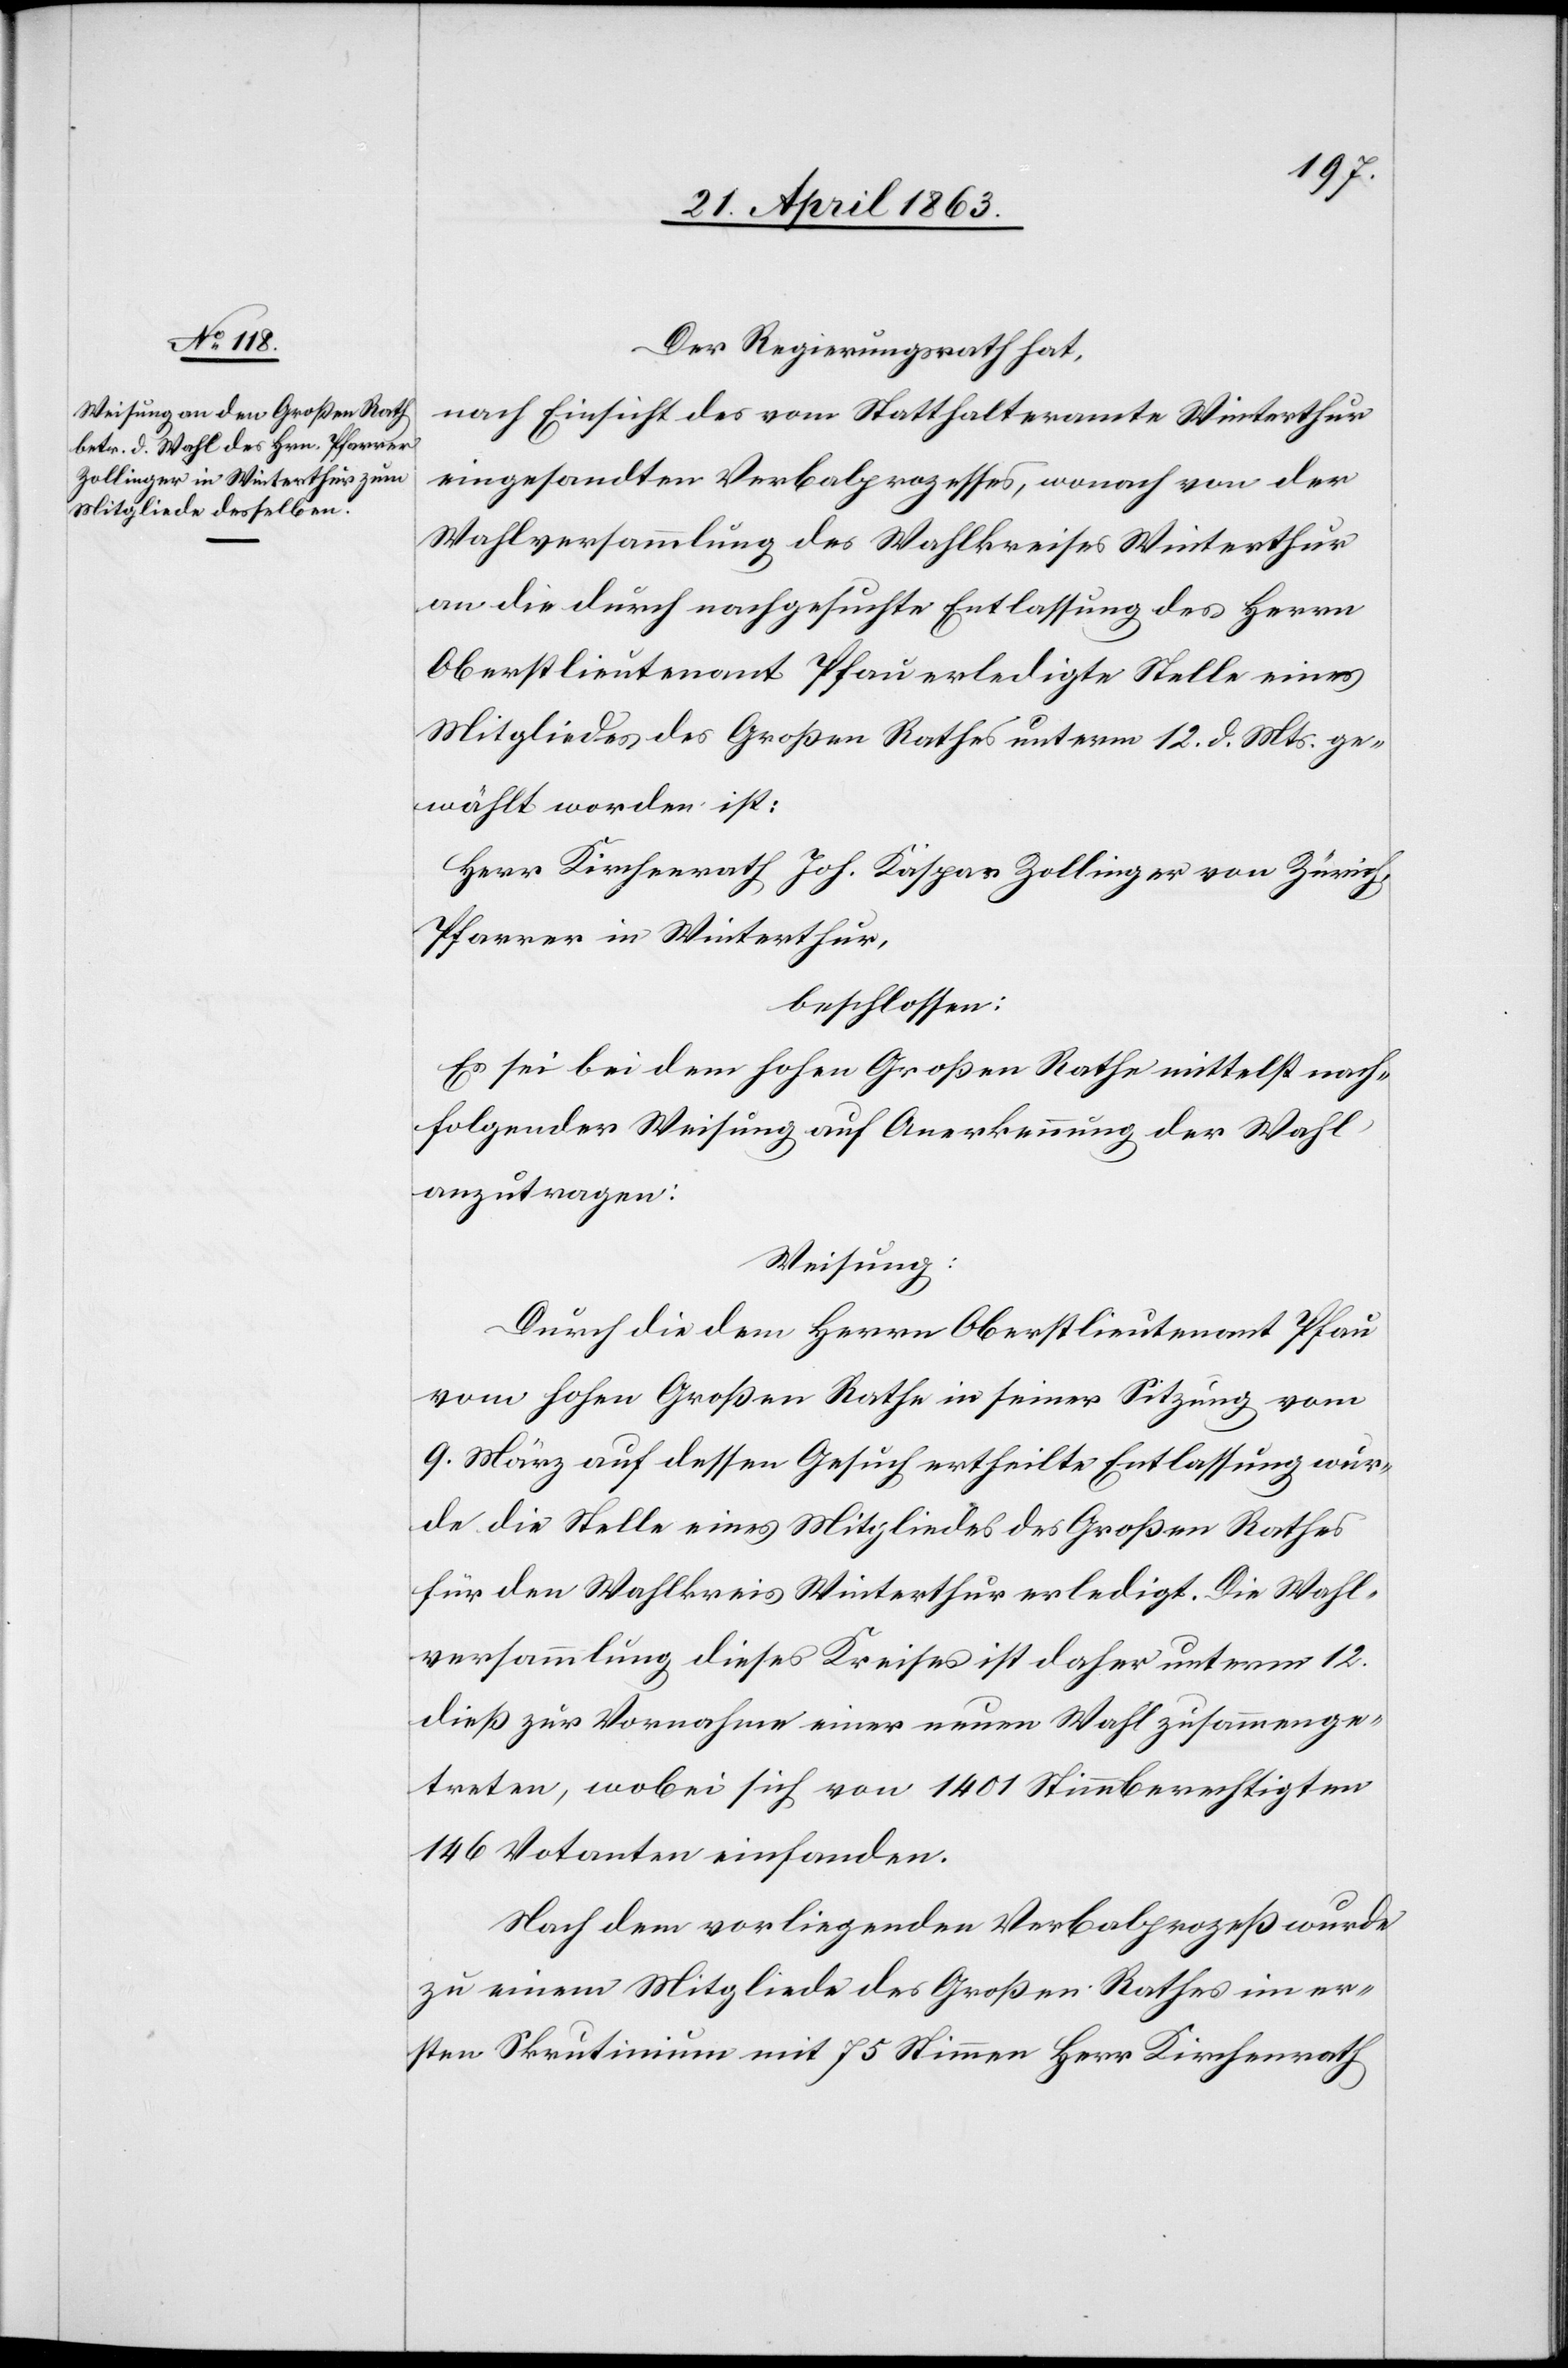
Der Regierungsrath hat,
nach Einsicht des vom Statthalteramte Winterthur
eingesandten Verbalprozesses, wonach von der
Wahlversammlung des Wahlkreises Winterthur
an die durch nachgesuchte Entlassung des Herrn
Oberstlieutenant Pfau erledigte Stelle eines
Mitgliedes des Großen Rathes unterm 12. d. Mts. ge¬
wählt worden ist:
Herr Kirchenrath Joh. Kaspar Zollinger von Zürich,
Pfarrer in Winterthur,
beschlossen:
Es sei bei dem hohen Großen Rathe mittelst nach¬
folgender Weisung auf Anerkennung der Wahl
anzutragen:
Weisung:
Durch die dem Herrn Oberstlieutenant Pfau
vom hohen Großen Rathe in seiner Sitzung vom
9. März auf dessen Gesuch ertheilte Entlassung wur¬
de die Stelle eines Mitgliedes des Großen Rathes
für den Wahlkreis Winterthur erledigt. Die Wahl¬
versammlung dieses Kreises ist daher unterm 12.
dieß zur Vornahme einer neuen Wahl zusammenge¬
treten, wobei sich von 1401 Stimmberechtigten
146 Votanten einfanden.
Nach dem vorliegenden Verbalprozeß wurde
zu einem Mitgliede des Großen Rathes im er¬
sten Skrutinium mit 75 Stimmen Herr Kirchenrath